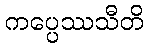
ကပ္ပေဿသီတိ